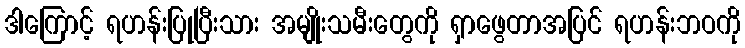
ဒါကြောင့် ရဟန်းပြုပြီးသား အမျိုးသမီးတွေကို ရှာဖွေတာအပြင် ရဟန်းဘဝကို